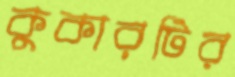
কুকারটির